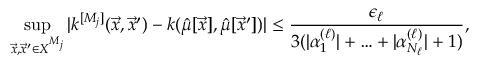
\operatorname* { s u p } _ { \vec { x } , { \vec { x } ^ { \prime } } \in X ^ { M _ { j } } } | k ^ { [ M _ { j } ] } ( \vec { x } , \vec { x } ^ { \prime } ) - k ( \hat { \mu } [ \vec { x } ] , \hat { \mu } [ \vec { x } ^ { \prime } ] ) | \leq \frac { \epsilon _ { \ell } } { 3 ( | \alpha _ { 1 } ^ { ( { \ell } ) } | + \ldots + | \alpha _ { { N _ { \ell } } } ^ { ( { \ell } ) } | + 1 ) } ,